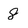
Character: 8